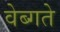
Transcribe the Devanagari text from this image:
वेब्गते